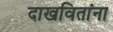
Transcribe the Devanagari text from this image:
दाखवितांना